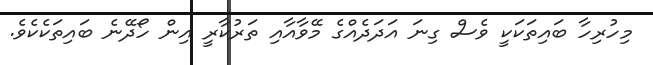
މިހުރިހާ ބައިތަކަކީ ވެސް ގިނަ އަދަދެއްގެ މޭވާއާއި ތަރުކާރީ އިން ހޯދޭނެ ބައިިތަކެކެވެ.